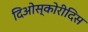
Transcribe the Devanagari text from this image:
दिओस्कोरीदिस